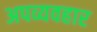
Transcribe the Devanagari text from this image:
अपव्यवहार